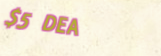
$5 DEAL